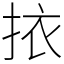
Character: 挔